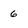
Character: 6